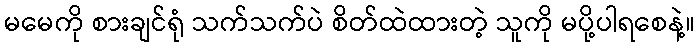
မမေကို စားချင်ရုံ သက်သက်ပဲ စိတ်ထဲထားတဲ့ သူကို မပို့ပါရစေနဲ့။